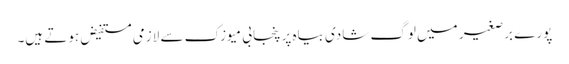
پورے برصغیر میں لوگ شادی بیاہ پر پنجابی میوزک سے لازمی مستفیض ہوتے ہیں۔